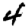
Digit: 4